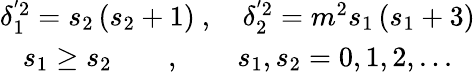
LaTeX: \begin{array}{c}{{\delta_{1}^{^{\prime}2}=s_{2}\left(s_{2}+1\right)\ ,\quad\delta_{2}^{^{\prime}2}=m^{2}s_{1}\left(s_{1}+3\right)}}\\ {{s_{1}\geq s_{2}\qquad,\qquad s_{1},s_{2}=0,1,2,...}}\end{array}